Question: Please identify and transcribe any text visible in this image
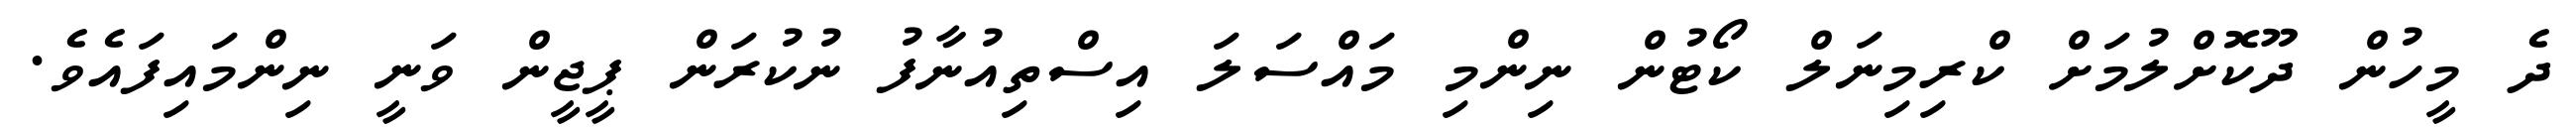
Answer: ދެ މީހުން ދޫކޮށްލުމަށް ކްރިމިނަލް ކޯޓުން ނިންމި މައްސަލަ އިސްތިއުނާފު ނުކުރަން ޕީޖީން ވަނީ ނިންމައިފައެވެ.